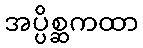
အပ္ပိစ္ဆကထာ